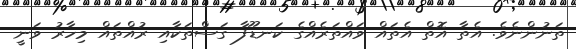
ތަނުންނެވެ. އެތާ އޮތް އެތައް ވައްތަރެއްގެ ކަނޑޫފާ ގަސްތަކާއި ރުއްތައް މިހާރު ވަނީ